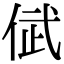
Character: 倵